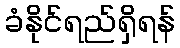
ခံနိုင်ရည်ရှိရန်